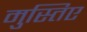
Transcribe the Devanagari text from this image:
मुस्तिए